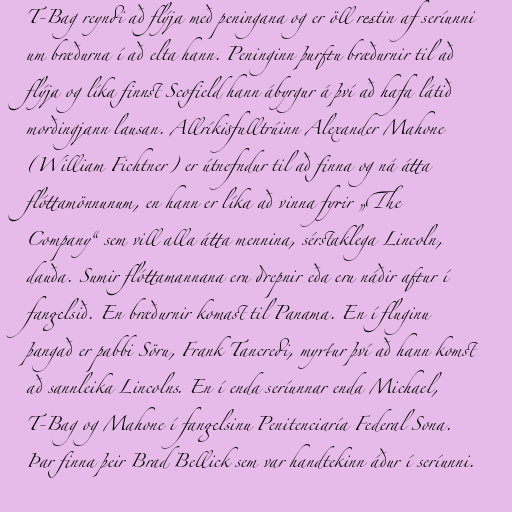
T-Bag reyndi að flýja með peningana og er öll restin af seríunni
um bræðurna í að elta hann. Peninginn þurftu bræðurnir til að
flýja og líka finnst Scofield hann ábyrgur á því að hafa látið
morðingjann lausan. Allríkisfulltrúinn Alexander Mahone
(William Fichtner) er útnefndur til að finna og ná átta
flóttamönnunum, en hann er líka að vinna fyrir „The
Company“ sem vill alla átta mennina, sérstaklega Lincoln,
dauða. Sumir flóttamannana eru drepnir eða eru náðir aftur í
fangelsið. En bræðurnir komast til Panama. En í fluginu
þangað er pabbi Söru, Frank Tancredi, myrtur því að hann komst
að sannleika Lincolns. En í enda seríunnar enda Michael,
T-Bag og Mahone í fangelsinu Penitenciaría Federal Sona.
Þar finna þeir Brad Bellick sem var handtekinn áður í seríunni.